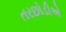
તરછોડીએ